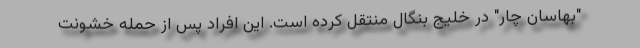
"بهاسان چار" در خلیج بنگال منتقل کرده است. این افراد پس از حمله خشونت